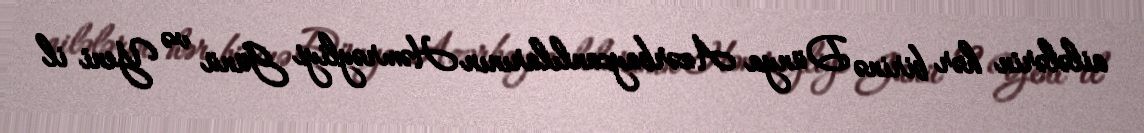
ailələrin hər birinə Dünya Azərbaycanlılarının Həmrəyliyi Günü və Yeni il